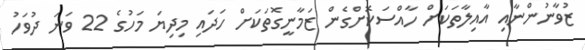
ޒުވާނުންނާއި އާއިލާތަކަށް ހާއްސަކޮށްގެން ޒަމާނީގޮތަކަށް ހަދައި މިދިޔަ މަހުގެ 22 ވަނަ ދުވަހު